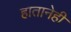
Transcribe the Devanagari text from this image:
हातानेही